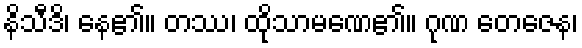
နိသီဒိ၊ နေ၏။ တဿ၊ ထိုသာမဏေ၏။ ဂုဏ တေဇေန၊